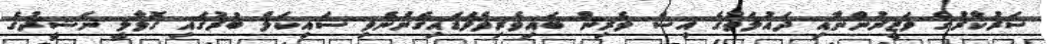
ސަރުކާރުގެ ވަޒީރުންނާއި ދައުލަތުގެ އިސް ވެރިން ބައިވެރިވެވަޑައިގެންނެވި ސައިކަލް ބުރުގައި ގޮވާލީ ނަޝީދުގެ